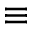
\equiv